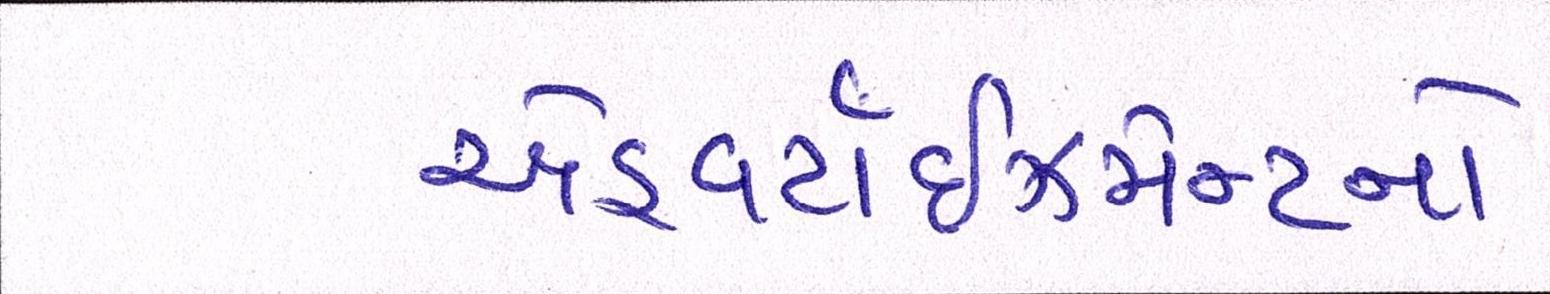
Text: એડ્વર્ટાઇઝમેન્ટનો